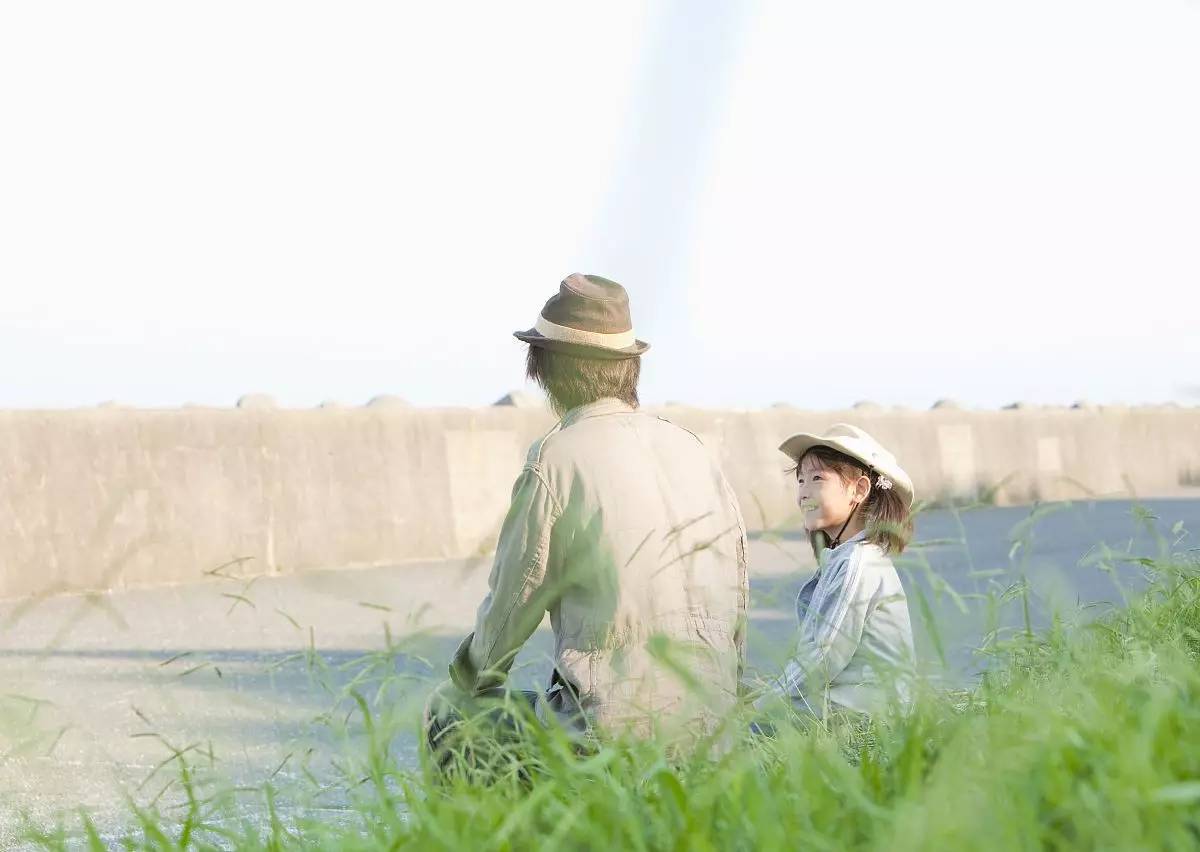
荒烟凉雨助人悲，泪染衣襟不自知。